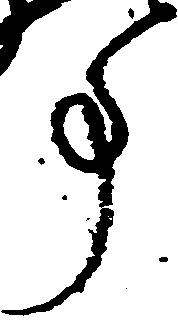
事